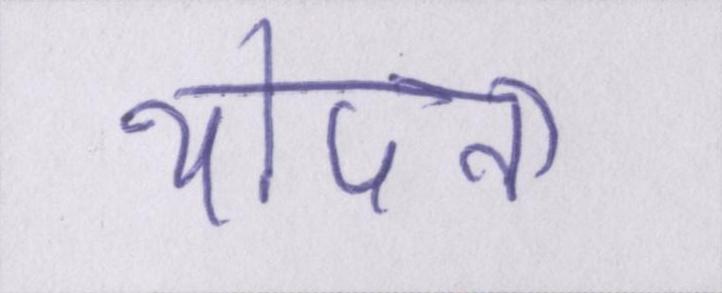
थोपना